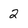
Character: 2